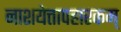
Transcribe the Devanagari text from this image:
नाशयेत्तापहारकम्